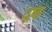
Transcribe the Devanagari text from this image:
दूव्ह